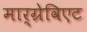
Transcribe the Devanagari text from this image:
मार्ग्रेविएट